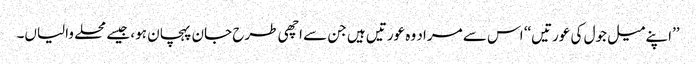
’’اپنے میل جول کی عورتیں‘‘ اس سے مراد وہ عورتیں ہیں جن سے اچھی طرح جان پہچان ہو، جیسے محلے والیاں۔